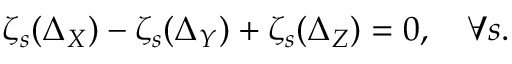
\zeta _ { s } ( \Delta _ { X } ) - \zeta _ { s } ( \Delta _ { Y } ) + \zeta _ { s } ( \Delta _ { Z } ) = 0 , \quad \forall s .